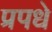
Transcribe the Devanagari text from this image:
प्रपधे